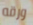
ورقه